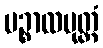
ပဉ္စာလပုတ္တံ